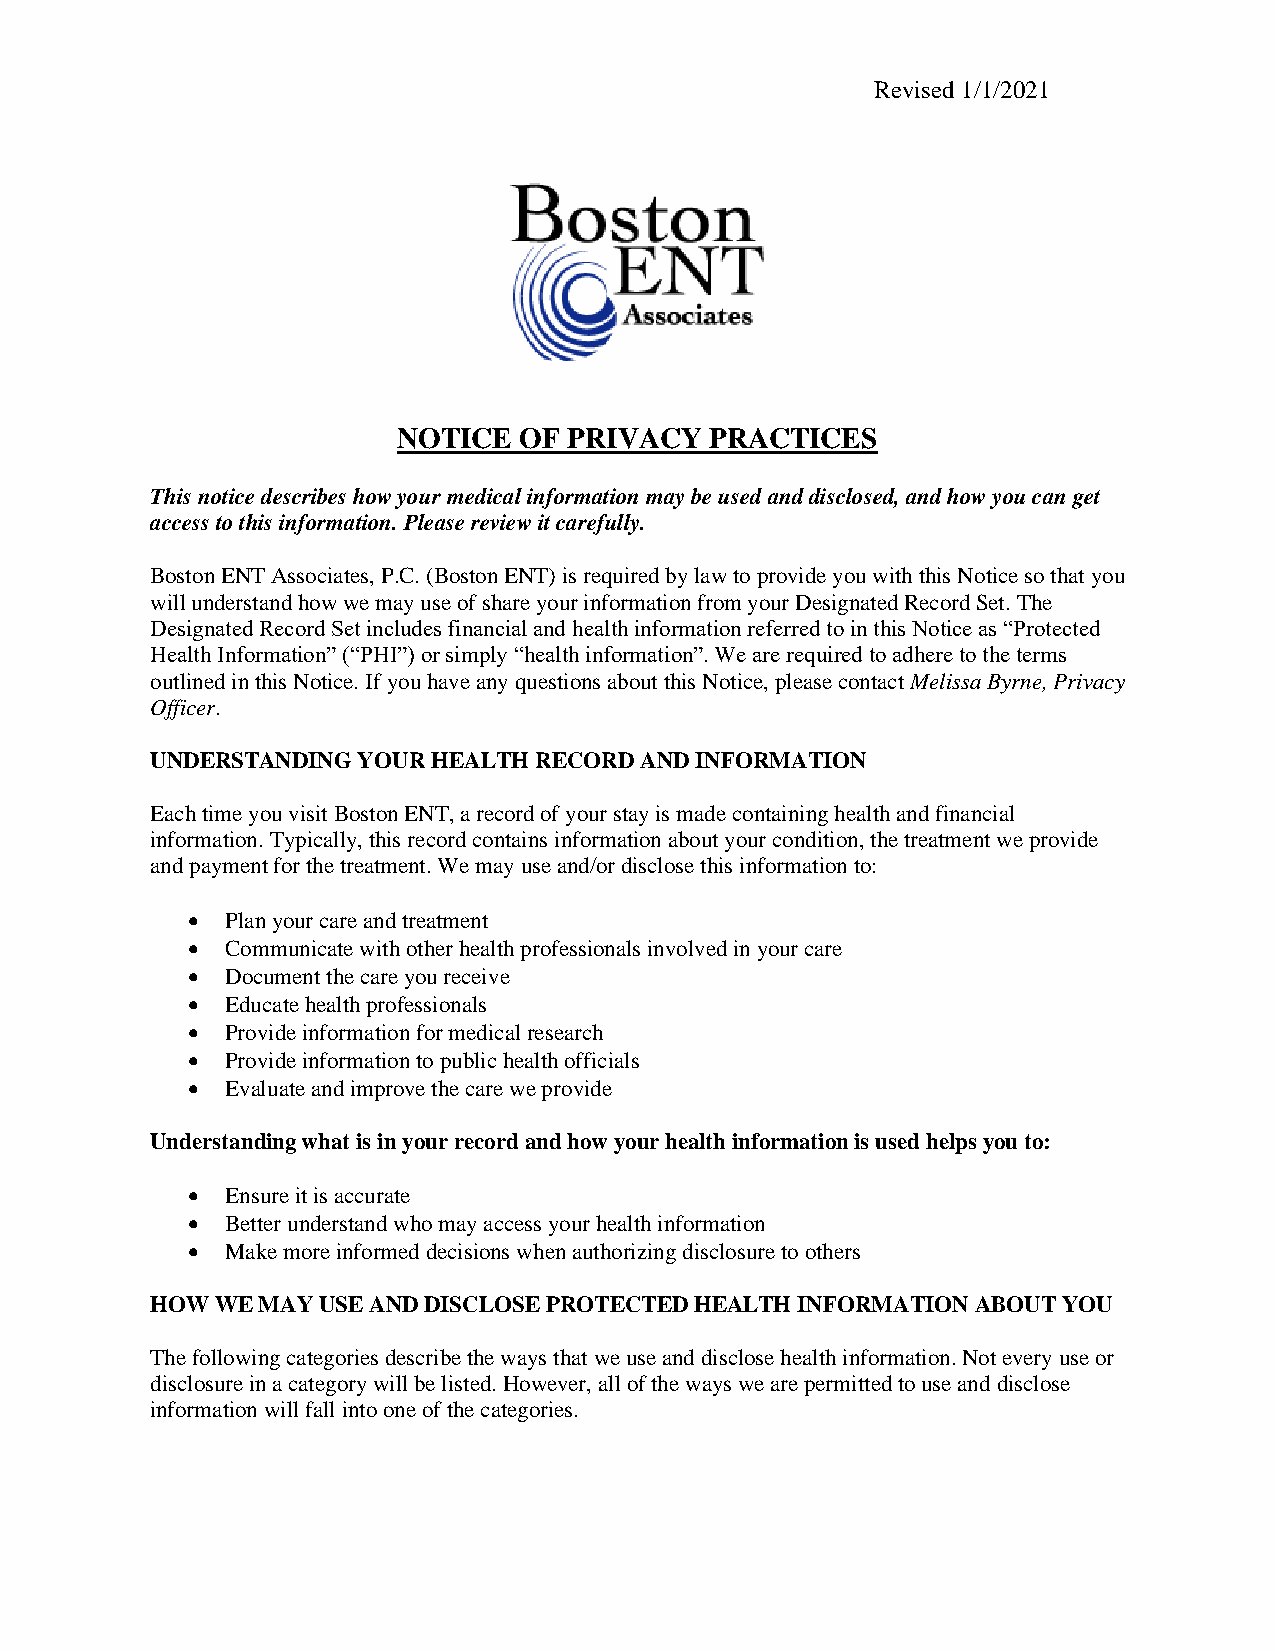
Revised 1/1/2021
 NOTICE  OF  PRIVACY  PRACTICES
 This notice describes how your medical information may be used and disclosed, and how you can get
 access to this information. Please review it carefully.
 Boston ENT Associates, P.C. (Boston ENT) is required by law to provide you with this Notice so that you
 will understand how we may use of share your information from your Designated Record Set. The
 Designated Record Set includes financial and health information referred to in this Notice as “Protected
 Health Information” (“PHI”) or simply “health information”. We are required to adhere to the terms
 outlined in this Notice. If you have any questions about this Notice, please contact Melissa Byrne, Privacy
 Officer.
 UNDERSTANDING YOUR HEALTH RECORD AND INFORMATION
 Each time you visit Boston ENT, a record of your stay is made containing health and financial
 information. Typically, this record contains information about your condition, the treatment we provide
 and payment for the treatment. We may use and/or disclose this information to:
 •  Plan your care and treatment
 •  Communicate with other health professionals involved in your care
 •  Document the care you receive
 •  Educate health professionals
 •  Provide information for medical research
 •  Provide information to public health officials
 •  Evaluate and improve the care we provide
 Understanding what is in your record and how your health information is used helps you to:
 •  Ensure it is accurate
 •  Better understand who may access your health information
 •  Make more informed decisions when authorizing disclosure to others
 HOW WE MAY USE AND DISCLOSE PROTECTED HEALTH INFORMATION ABOUT YOU
 The following categories describe the ways that we use and disclose health information. Not every use or
 disclosure in a category will be listed. However, all of the ways we are permitted to use and disclose
 information will fall into one of the categories.